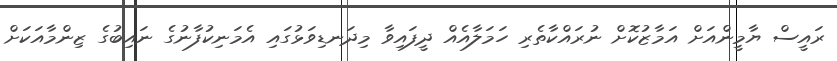
ރައީސް ޔާމީންއަށް އަމާޒުކޮށް ނުރައްކާތެރި ހަމަލާއެއް ދީފައިވާ މިދަނޑިވަޅުގައި އެމަނިކުފާނުގެ ނައިބުގެ ޒިންމާއަކަށް